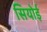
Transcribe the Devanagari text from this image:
सियोई